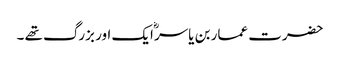
حضرت عمار بن یاسرؓ ایک اور بزرگ تھے ۔